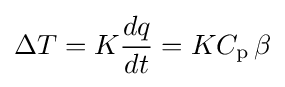
\Delta T=K{dq \over dt}=KC_{\text{p}}\,\beta